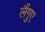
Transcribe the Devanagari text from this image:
लैंगुए